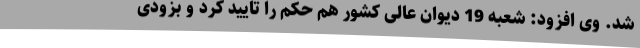
شد. وی افزود: شعبه 19 دیوان عالی کشور هم حکم را تایید کرد و بزودی